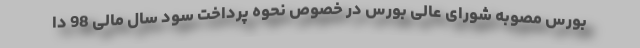
بورس مصوبه شورای عالی بورس در خصوص نحوه پرداخت سود سال مالی 98 دا